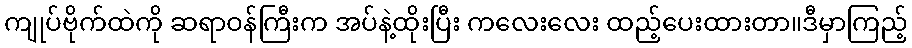
ကျုပ်ဗိုက်ထဲကို ဆရာဝန်ကြီးက အပ်နဲ့ထိုးပြီး ကလေးလေး ထည့်ပေးထားတာ။ဒီမှာကြည့်